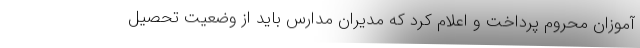
آموزان محروم پرداخت و اعلام کرد که مدیران مدارس باید از وضعیت تحصیل